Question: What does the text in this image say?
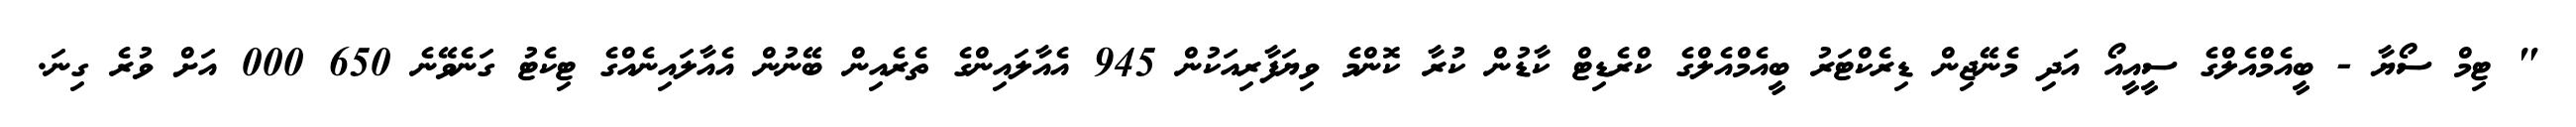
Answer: " ޓިމް ސޯޔާ - ބީއެމްއެލްގެ ސީއީއޯ އަދި މެނޭޖިން ޑިރެކްޓަރު ބީއެމްއެލްގެ ކްރެޑިޓް ކާޑުން ކުރާ ކޮންމެ ވިޔަފާރިއަކުން 945 އެއާލައިންގެ ތެރެއިން ބޭނުން އެއާލައިނެއްގެ ޓިކެޓު ގަނެވޭނެ 650 000 އަށް ވުރެ ގިނަ.